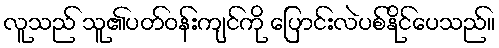
လူသည် သူ၏ပတ်ဝန်းကျင်ကို ပြောင်းလဲပစ်နိုင်ပေသည်။